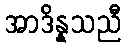
အာဒိန္နသညီ